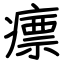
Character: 瘭